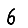
Digit: 6